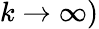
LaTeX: k\to\infty)